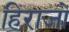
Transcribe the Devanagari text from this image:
हिराजो